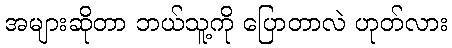
အများဆိုတာ ဘယ်သူ့ကို ပြောတာလဲ ဟုတ်လား